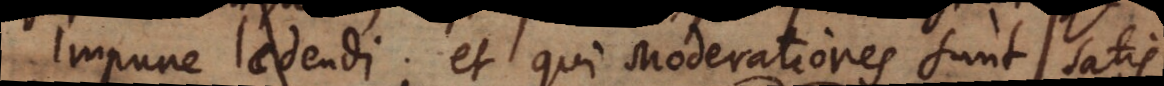
impune laedendi; et qui Moderatiores sunt satis